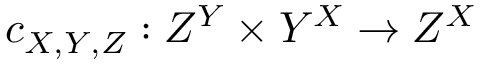
c _ { X , Y , Z } : Z ^ { Y } \times Y ^ { X } \to Z ^ { X }